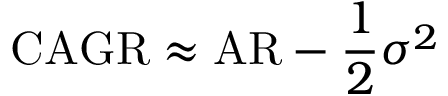
\mathrm { C A G R } \approx \mathrm { A R } - { \frac { 1 } { 2 } } \sigma ^ { 2 }